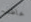
خاطف